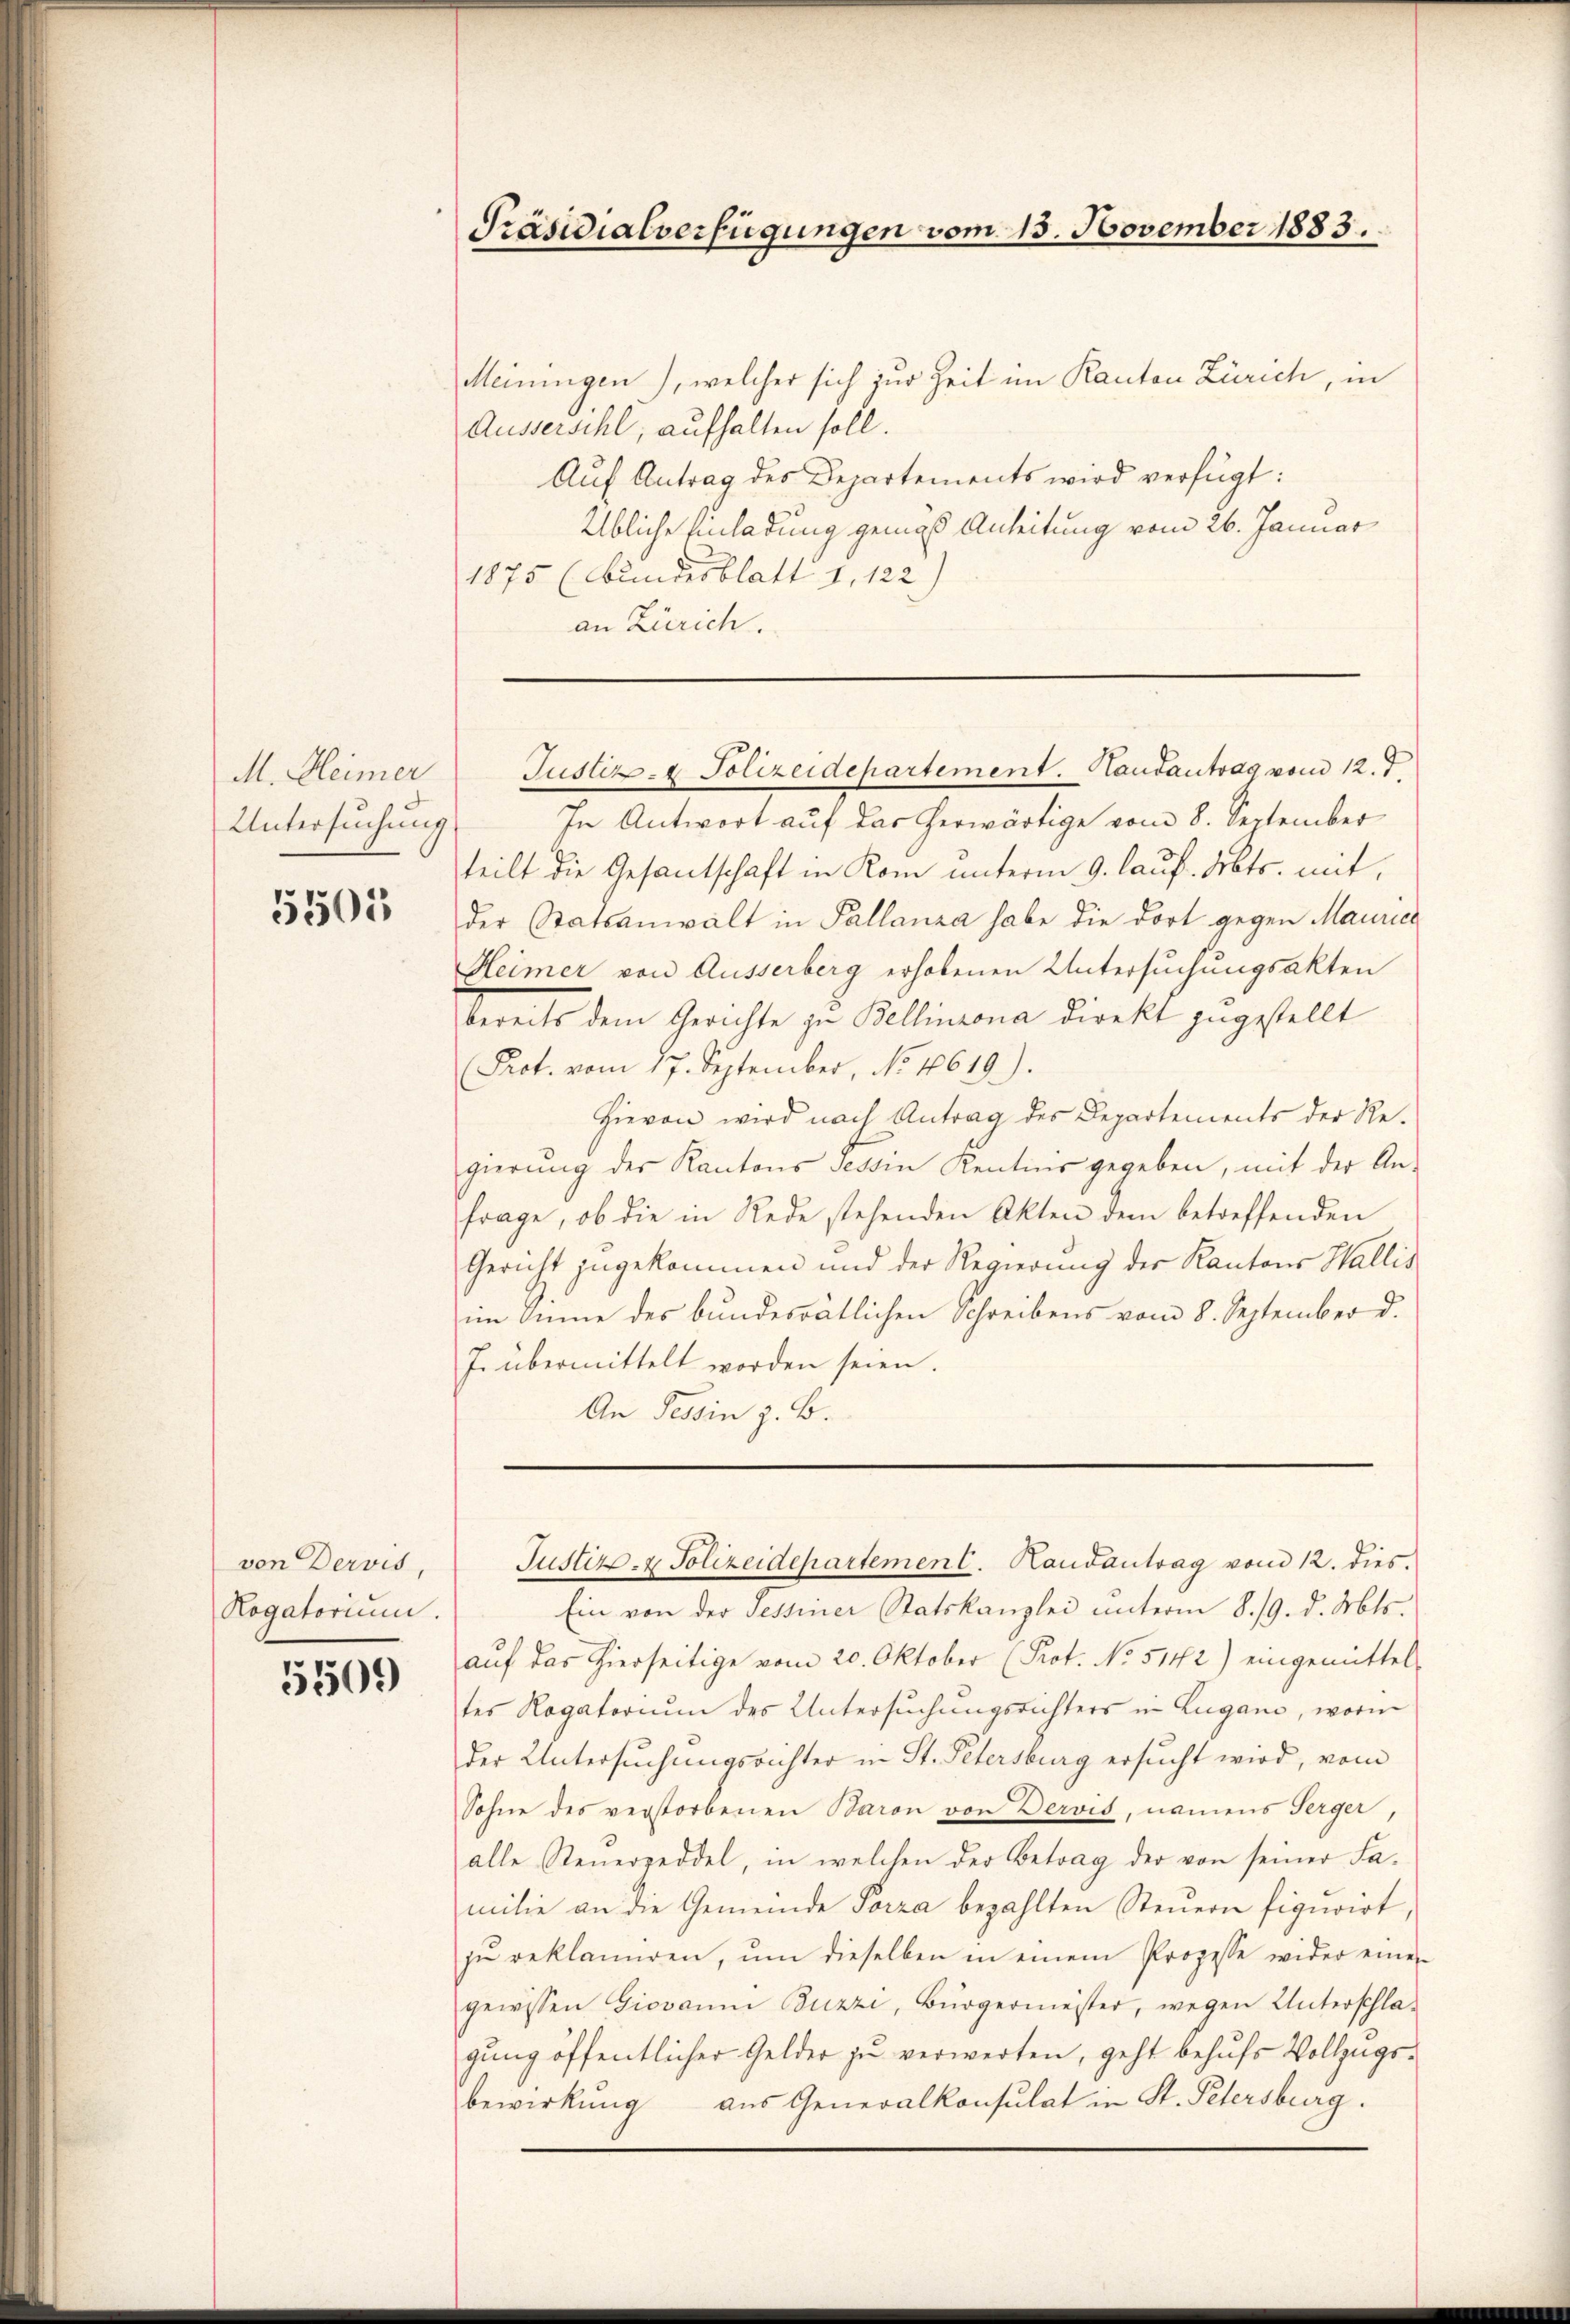
M. Heimer
Untersuchung

5505

von Dervis,
Rogatorium.

5509)

Präsidialverfügungen vom 15. November 1883.

Meiningen), welcher sich zur Zeit im Kanton Zürich, in
Äusserschl, aufhalten soll.
Aŭf Antrag des Departements wird verfügt:
Übliche Einladung gemäß Anleitung vom 26. Januar
1875 (Bundesblatt 1, 122)
an Zürich.
In Antwort auf das herwärtige vom 8. September
teilt die Gesantschaft in Rom unterm 9. lauf. Abts. mit
der Statsanwalt in Pallanza habe die dort gegen Maurich
Heimer von Äusserberg erhobenen Untersuchungsakten
bereits dem Gerichte zu Bellinzona direkt zugestellt
Prot. vom 17. September, No 10619).
Hievon wird nach Antrag des Departements der Regierŭng des Kantons sessin Kentnis gegeben, mit der An-
frage, ob die in Rede stehenden Akten dem betreffenden
Gericht zugekommen und der Regierung der Kantons Wallis
im Sinne des bundesrätlichen Schreibens vom 8. September d.
J. übermittelt worden seien.
An Tessin z. B.

Justiz- & Polizeidepartement. Handantrag vom 12. d.

Ein von der Tessiner Statskanzlei unterm 8./9. d. Mts.
aŭf das hierseitige vom 20. Oktober (Prot. No. 5142) eingemittel-
tes Rogatorium des Untersuchungsrichters in Lugano, worin
der Untersuchungsrichter in St. Petersburg ersucht wird, vom
Sohne des verstorbenen Baron von Dervis, namens Serger
alle Steuerzeddel, in welchen der Betrag der von seiner Fa-
milie an die Gemeinde Porza bezahlten Steŭern figurirt,
zŭ reklamiren, ŭm dieselben in einem Prozesse wider eine
gewissen Giovanm Buzzi, Bürgermeister, wegen Unterschla-
gŭng öffentlicher Gelder zŭ verwerten, geht behufs Vollzugsbewirkŭng aus Generalkonsulat in St. Petersburg.

Justiz- & Polizeidepartement. Handantrag vom 12. dies.